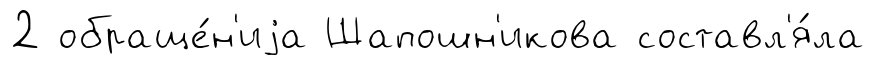
2 обраще́н'иjа Шапошн'икова составл'я́ла